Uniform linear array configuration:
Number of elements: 48
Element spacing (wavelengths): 0.5
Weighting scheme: hamming
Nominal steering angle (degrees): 45
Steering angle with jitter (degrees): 45.574
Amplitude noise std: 0.05
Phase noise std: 0.05

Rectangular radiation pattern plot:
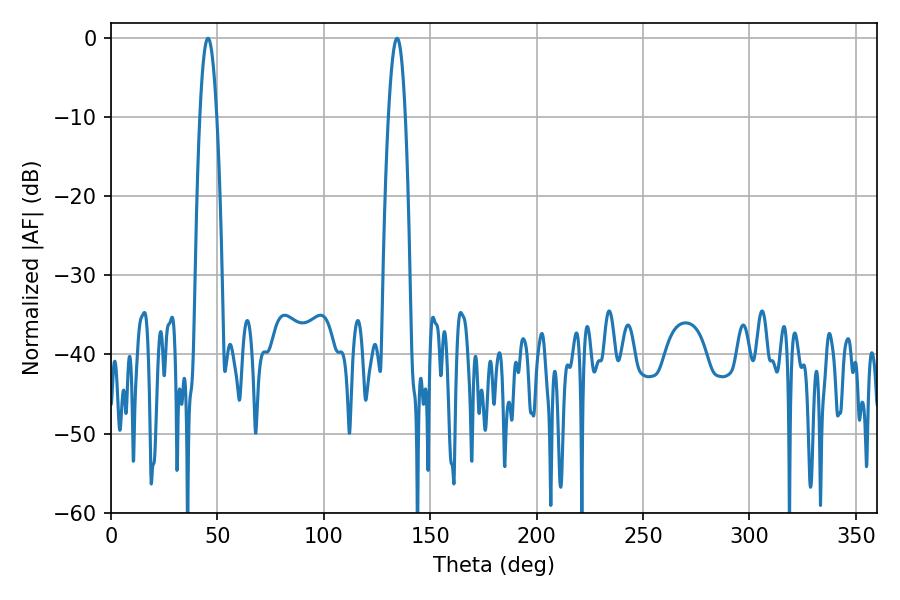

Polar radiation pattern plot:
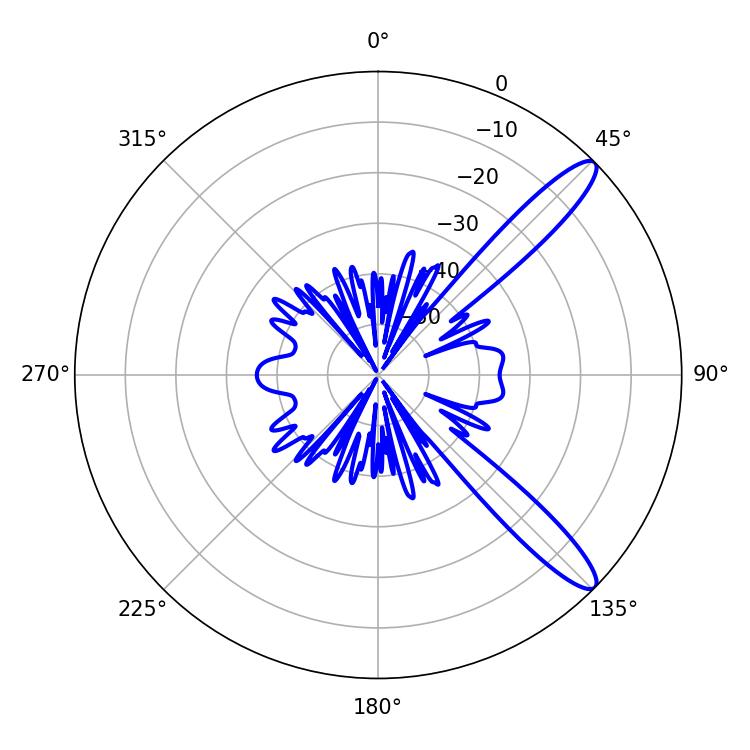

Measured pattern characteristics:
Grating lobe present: FALSE
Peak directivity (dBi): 12.275
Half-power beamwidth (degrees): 4.32
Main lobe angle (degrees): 45.54